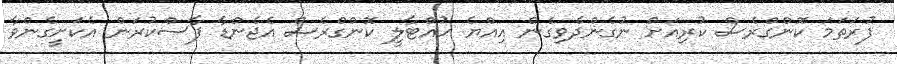
ފުރަތަމަ ކޮންގްރެސް ކުރިއަށް ނުގެންދެވިގެން އިއްޔެ ހުއްޓާލީ ކޮންގްރެސް އެޖެންޑާ ފާސްކުރަން އެކަށީގެންވާ